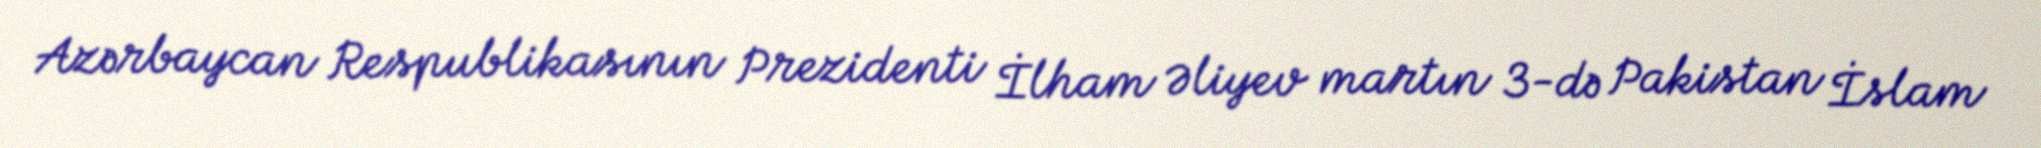
Azərbaycan Respublikasının Prezidenti İlham Əliyev martın 3-də Pakistan İslam